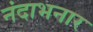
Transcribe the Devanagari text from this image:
नंदाभनार